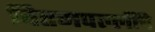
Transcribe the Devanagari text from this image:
चितमपल्लींचे